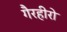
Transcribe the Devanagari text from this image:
गैरहीरो